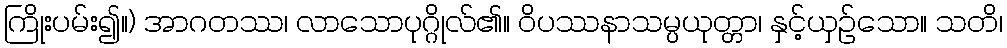
ကြိုးပမ်း၍။) အာဂတဿ၊ လာသောပုဂ္ဂိုလ်၏။ ဝိပဿနာသမ္ပယုတ္တာ၊ နှင့်ယှဉ်သော။ သတိ၊